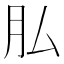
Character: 𦘯